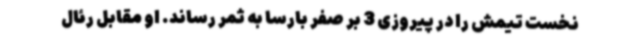
نخست تیمش را در پیروزی 3 بر صفر بارسا به ثمر رساند. او مقابل رئال